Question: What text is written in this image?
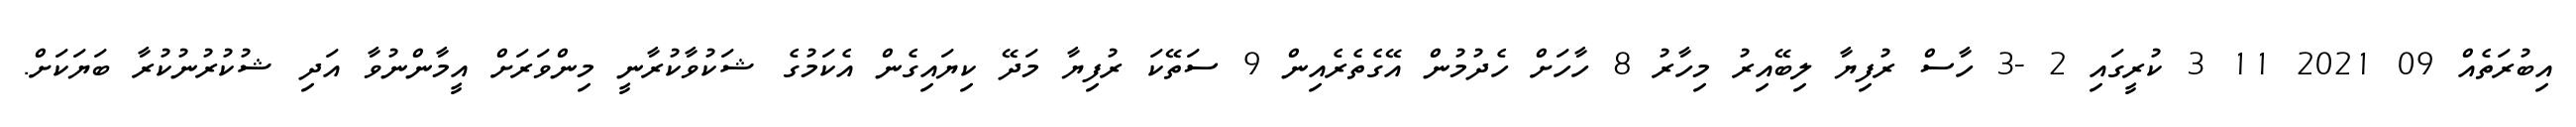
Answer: އިބުރަތެއް 09 2021 11 3 ކުރީގައި 2 -3 ހާސް ރުފިޔާ ލިބޭއިރު މިހާރު 8 ހާހަށް ހެދުމުން އޭގެތެރެއިން 9 ސަތޭކަ ރުފިޔާ މަދޭ ކިޔައިގެން އެކަމުގެ ޝަކުވާކުރާނީ މިންވަރަށް އީމާންނުވާ އަދި ޝުކުރުނުކުރާ ބަޔަކަށް.